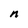
Character: n